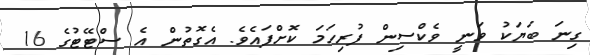
ގިނަ ބަޔަކު ވަނީ ވެކްސިން ފުރިހަމަ ކޮށްފައެެެވެ. އެގޮތުން އެ ސްޓޭޓުގެ 16